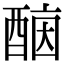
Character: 𨡤